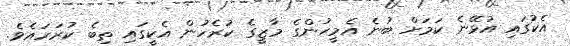
އެކުގައި އުޅޭނެ ކަމަށް ބުނެ އެމީހުންގެ މާޒީގެ ކުރެހުން އެކީގައި ތިބެ ކުރަހައެވެ.